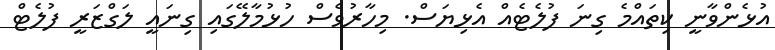
އުޅެންވާނީ ކިތައްމެ ގިނަ ފުލެޓެއް އެޅިޔަސް. މިހާރުވެސް ހުޅުމާލޭގައި ގިނައީ ލަގްޒަރީ ފުލެޓް